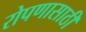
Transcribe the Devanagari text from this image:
रोपणासाठी